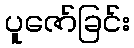
ပူဇော်ခြင်း